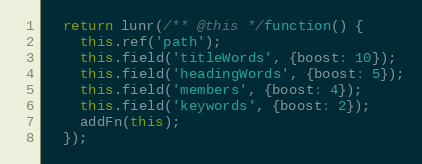
Language: JavaScript
  return lunr(/** @this */function() {
    this.ref('path');
    this.field('titleWords', {boost: 10});
    this.field('headingWords', {boost: 5});
    this.field('members', {boost: 4});
    this.field('keywords', {boost: 2});
    addFn(this);
  });